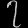
Digit: ၇